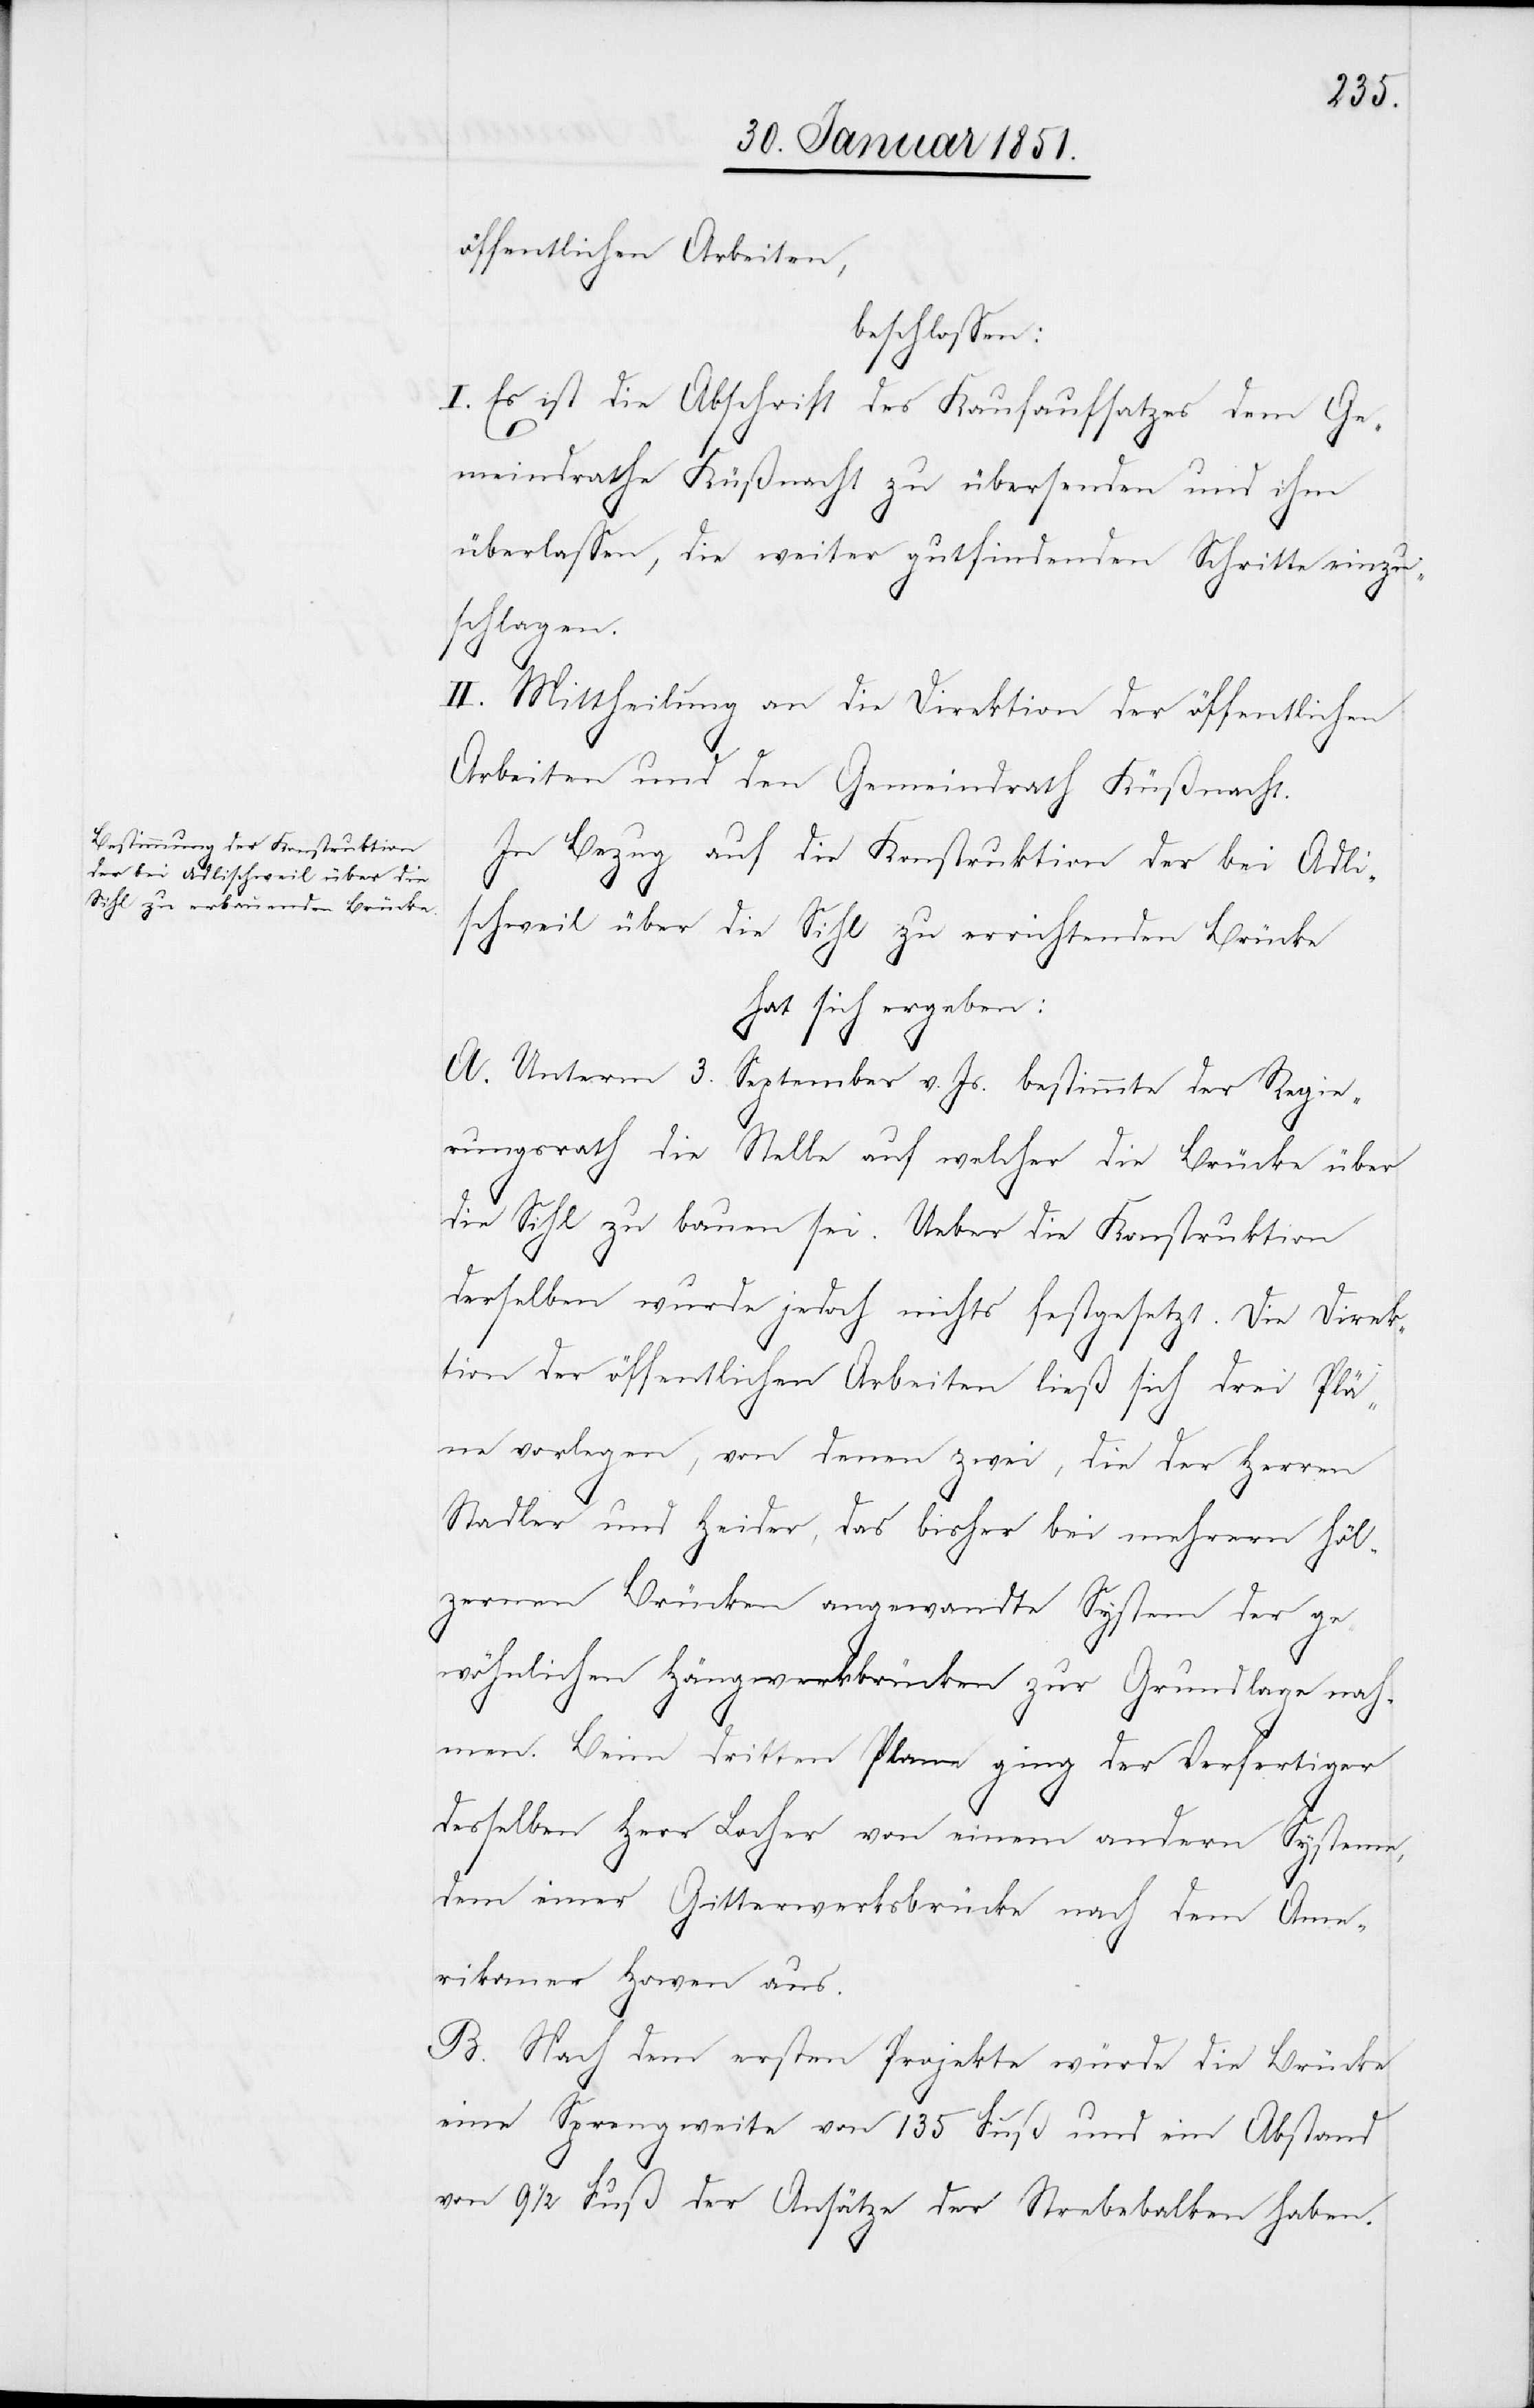
öffentlichen Arbeiten,
beschlossen:
I. Es ist die Abschrift des Kaufaufsatzes dem Ge¬
meindrathe Küßnacht zu übersenden und ihm
überlassen, die weiter gutfindenden Schritte einzu¬
schlagen.
II. Mittheilung an die Direktion der öffentlichen
Arbeiten und den Gemeindrath Küßnacht.
In Bezug auf die Konstruktion der bei Adli¬
schweil über die Sihl zu errichtenden Brücke
hat sich ergeben:
A. Unterm 3. September v. Js. bestimmte der Regie¬
rungsrath die Stelle auf welcher die Brücke über
die Sihl zu bauen sei. Ueber die Konstruktion
derselben wurde jedoch nichts festgesetzt. Die Direk¬
tion der öffentlichen Arbeiten ließ sich drei Plä¬
ne vorlegen, von denen zwei, die der Herren
Stadler und Heider, das bisher bei mehrern höl¬
zernen Brücken angewandte System der ge¬
wöhnlichen Hängwerkbrücken zur Grundlage nah¬
men. Beim dritten Plane ging der Verfertiger
desselben Herr Locher von einem andern Systeme,
dem einer Gitterwerksbrücke nach dem Ame¬
rikaner Howen aus.
B. Nach dem ersten Projekte würde die Brücke
eine Sprengweite von 135 Fuß und ein Abstand
von 9 1/2 Fuß der Ansätze der Strebebalken haben.